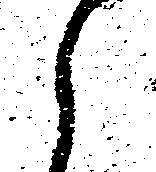
郎